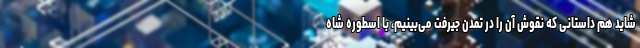
شاید هم داستانی که نقوش آن را در تمدن جیرفت می‌بینیم، با اسطوره شاه